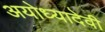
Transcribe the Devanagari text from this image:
अयोध्यादेवी